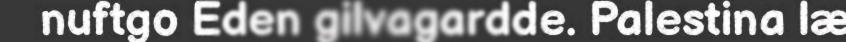
nuftgo Eden gilvagardde. Palestina læ